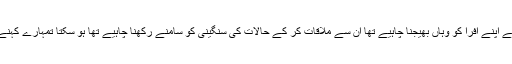
آپ کو اگر فکر ہے تو آپ نے اپنے افرا کو وہاں بھیجنا چاہیے تھا ان سے ملاقات کر کے حالات کی سنگینی کو سامنے رکھنا چاہیے تھا ہو سکتا تمہارے کہنے پر وہ بات کو تسلیم کرتے۔